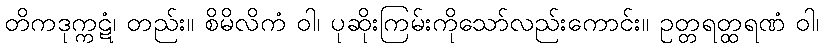
တိကဒုက္ကဋံ၊ တည်း။ စိမိလိကံ ဝါ၊ ပုဆိုးကြမ်းကိုသော်လည်းကောင်း။ ဥတ္တရတ္ထရဏံ ဝါ၊